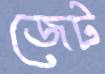
জেট